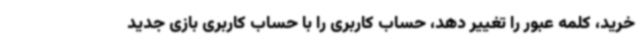
خرید، کلمه عبور را تغییر دهد، حساب کاربری را با حساب کاربری بازی جدید